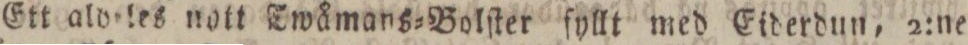
Ett aldeles nott Twåmans=Bolſter ſyllt med Eiderdun, 2:ne